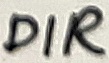
Text: DIR